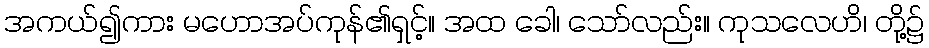
အကယ်၍ကား မဟောအပ်ကုန်၏ရှင့်။ အထ ခေါ၊ သော်လည်း။ ကုသလေဟိ၊ တို့၌